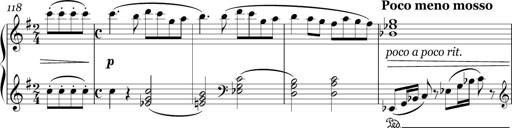
Title: Sonatina in E minor
Composer: Shuwen Zhang
Key: E minor